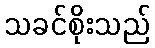
သခင်စိုးသည်